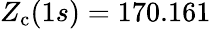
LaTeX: Z_{\mathrm{c}}(1s)=170.161